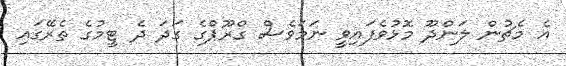
އެ މެޗުން ލަންދޫ މޮޅުވެފައިވީ ނަމަވެސް ގްރޫޕްގެ ގަދަ ދެ ޓީމުގެ ތެރޭގައި